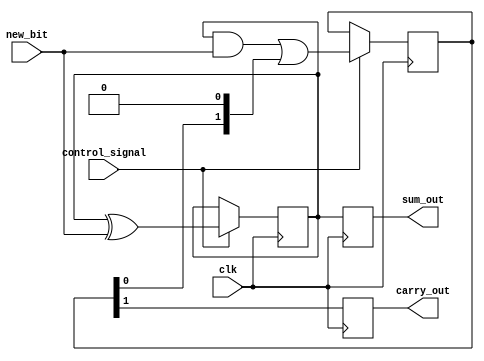
module CarrySaveAdderSerial (
    input wire clk,                // Clock signal
    input wire control_signal,     // Control signal for new bit availability
    input wire [1:0] new_bit,      // New bit - format: {carry, sum} (e.g., 2'b00, 2'b01, 2'b10, 2'b11)
    output reg [1:0] sum_out,      // Current sum output
    output reg carry_out           // Current carry output
);
    
    // Internal registers to hold current sum and carry
    reg [1:0] sum;                 // 2-bit sum
    reg [1:0] carry;               // 2-bit carry

    always @(posedge clk) begin
        if (control_signal) begin
            // Update sum and carry based on new_bit
            sum <= sum ^ new_bit;  // Sum is calculated with XOR
            carry <= (sum & new_bit) | (carry << 1); // Carry is calculated using AND and OR logic
        end
    end

    // Output the current sum and carry
    always @(posedge clk) begin
        sum_out <= sum;
        carry_out <= carry[1]; // Only the highest bit of carry is used for output
    end

endmodule